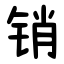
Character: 销